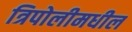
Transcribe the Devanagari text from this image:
त्रिपोलीमधील